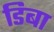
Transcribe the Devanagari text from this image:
डिबा